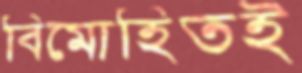
বিমোহিতই